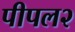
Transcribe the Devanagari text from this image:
पीपल२